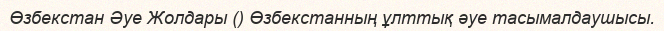
Өзбекстан Әуе Жолдары () Өзбекстанның ұлттық әуе тасымалдаушысы.